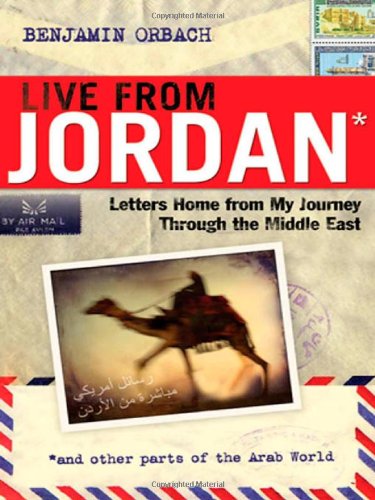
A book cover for Live From Jordan: Letters Home From My Journey Through the Middle East; Benjamin Orbach; Travel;